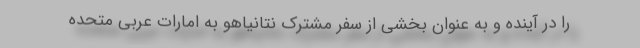
را در آینده و به عنوان بخشی از سفر مشترک نتانیاهو به امارات عربی متحده